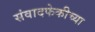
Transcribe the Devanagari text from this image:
संवादफेकीच्या